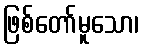
ဖြစ်တော်မူသော၊